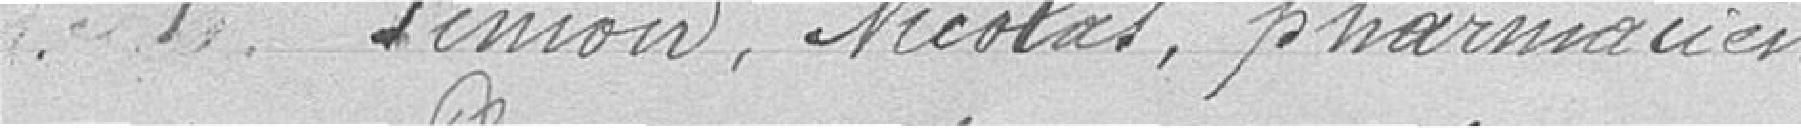
Premier : Simon Nicolas, pharmacien